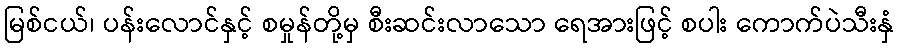
မြစ်ငယ်၊ ပန်းလောင်နှင့် စမှုန်တို့မှ စီးဆင်းလာသော ရေအားဖြင့် စပါး ကောက်ပဲသီးနှံ